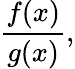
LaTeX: {\frac{f(x)}{g(x)}},